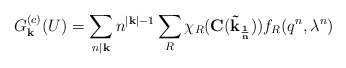
\begin{align*}G_{{\bf k}}^{(c)}(U)=\sum_{n|{\bf k}}n^{|{\bf k}|-1}\sum_R\chi_R({\bf C(\vec k_{1 \over n})}) f_R(q^n,\lambda^n)\end{align*}